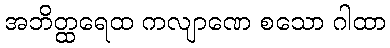
အဘိတ္ထရေထ ကလျာဏေ စသော ဂါထာ